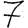
Digit: 7